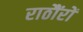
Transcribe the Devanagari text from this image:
राठौंरों